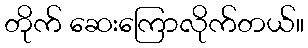
တိုက် ဆေးကြောလိုက်တယ်။